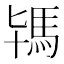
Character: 駂